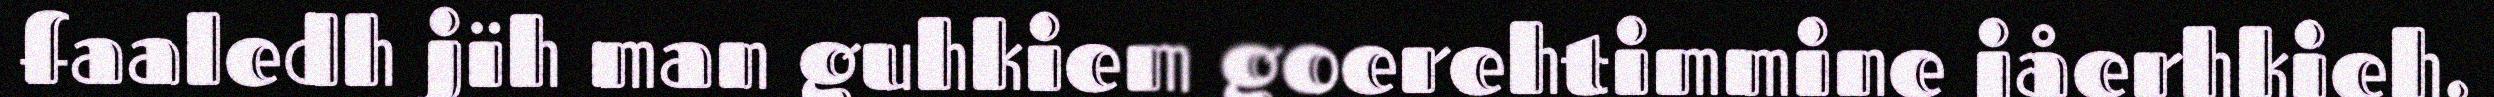
faaledh jïh man guhkiem goerehtimmine jåerhkieh.